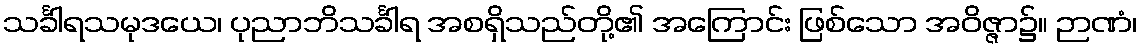
သင်္ခါရသမုဒယေ၊ ပုညာဘိသင်္ခါရ အစရှိသည်တို့၏ အကြောင်း ဖြစ်သော အဝိဇ္ဇာ၌။ ဉာဏံ၊